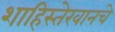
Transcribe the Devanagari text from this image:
शाहिस्तेखानचे